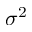
\sigma ^ { 2 }